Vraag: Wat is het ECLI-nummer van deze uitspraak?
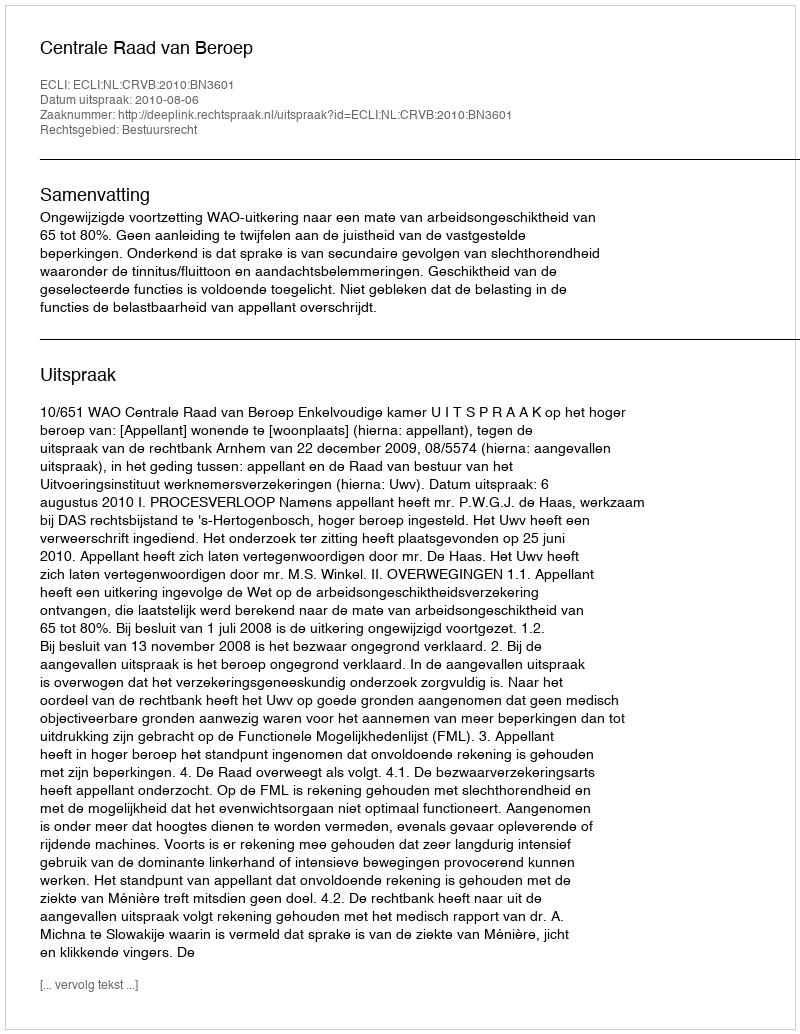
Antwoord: ECLI:NL:CRVB:2010:BN3601